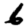
Digit: 6